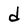
Character: d